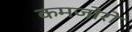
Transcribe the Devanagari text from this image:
कमजोरो